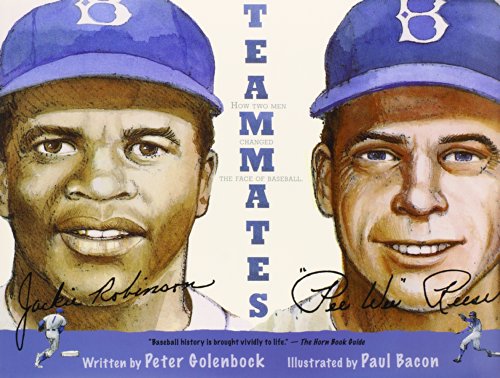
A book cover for Teammates; Peter Golenbock; Children's Books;